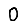
Digit: 0